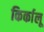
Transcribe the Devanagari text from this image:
किर्कालू